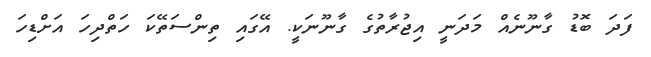
ފަދަ ބޮޑު ގާނޫނެއް މަދަނީ އިޖުރާތުގެ ގާނޫނަކީ. އޭގައި ތިންސަތޭކަ ހަތްދިހަ އަށްޑިހަ